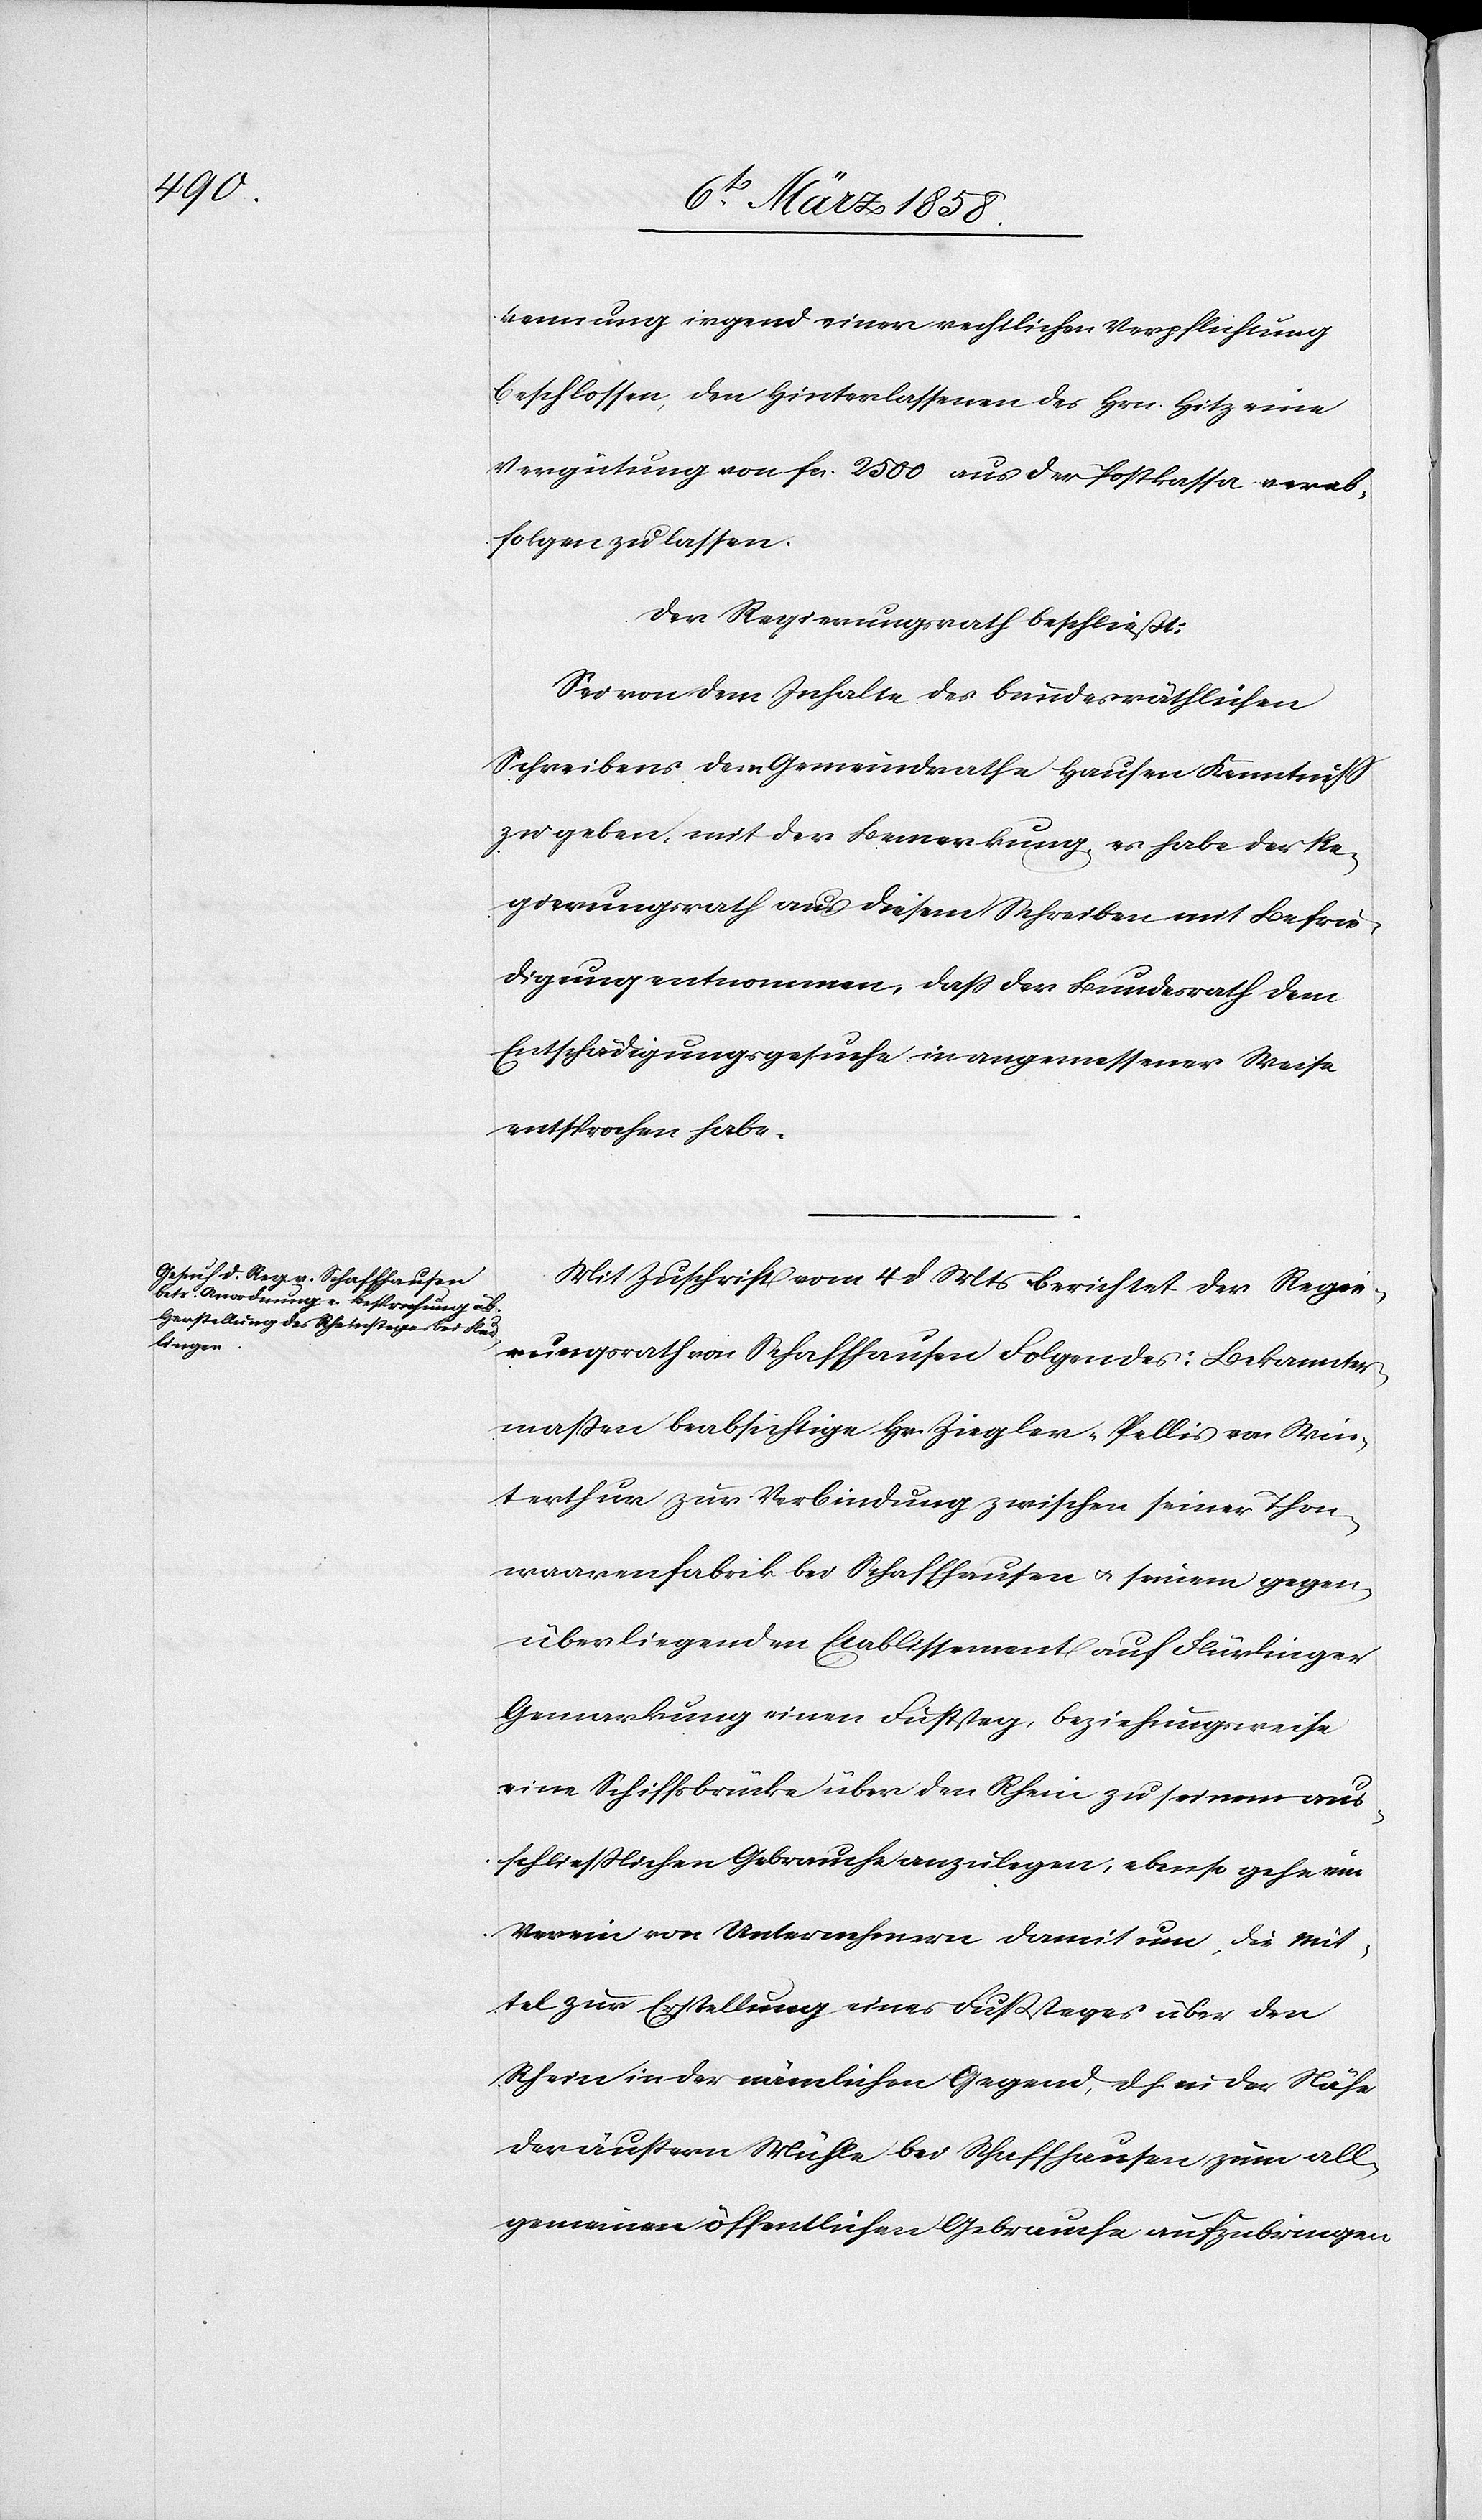
kennung irgend einer rechtlichen Verpflichtung
beschlossen, den Hinterlassenen des Hrn. Hitz eine
Vergütung von fcs. 2500 aus der Postkassa verab¬
folgen zu lassen.
Der Regierungsrath beschließt:
Sei von dem Inhalte des bundesräthlichen
Schreibens dem Gemeindrathe Hausen Kenntniß
zu geben, mit der Bemerkung, es habe der Re¬
gierungsrath aus diesem Schreiben mit Befrie¬
digung entnommen, daß der Bundesrath dem
Entschädigungsgesuche in angemessener Weise
entsprochen habe.
Mit Zuschrift vom 4 d Mts berichtet der Regie¬
rungsrath von Schaffhausen Folgendes: Bekannter¬
maßen beabsichtige Hr. Ziegler-Pellis von Win¬
terthur zur Verbindung zwischen seiner Thon¬
waarenfabrik bei Schaffhausen u. seinem gegen¬
überliegenden Etablissement auf Flürlinger
Gemarkung einen Fußsteg, beziehungsweise
eine Schiffsbrücke über den Rhein zu seinem aus¬
schließlichen Gebrauche anzulegen; ebenso gehe ein
Verein von Unternehmern damit um, die Mit¬
tel zur Erstellung eines Fußsteges über den
Rhein in der nämlichen Gegend, d. h. in der Nähe
der äußern Mühle bei Schaffhausen zum all¬
gemeinen öffentlichen Gebrauche aufzubringen.